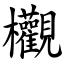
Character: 欟